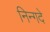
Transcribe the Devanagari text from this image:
निन्गदे